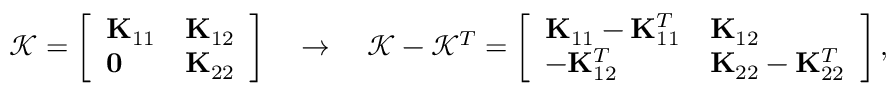
\mathcal { K } = \left[ \begin{array} { l l } { \mathbf { K } _ { 1 1 } } & { \mathbf { K } _ { 1 2 } } \\ { \mathbf { 0 } } & { \mathbf { K } _ { 2 2 } } \end{array} \right] \quad \rightarrow \quad \mathcal { K } - \mathcal { K } ^ { T } = \left[ \begin{array} { l l } { \mathbf { K } _ { 1 1 } - \mathbf { K } _ { 1 1 } ^ { T } } & { \mathbf { K } _ { 1 2 } } \\ { - \mathbf { K } _ { 1 2 } ^ { T } } & { \mathbf { K } _ { 2 2 } - \mathbf { K } _ { 2 2 } ^ { T } } \end{array} \right] ,